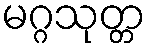
မဂ္ဂသုတ္တ